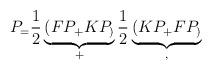
LaTeX: \begin{align*}P_=\frac{1}{2}\underbrace{(FP_+KP_)}_+\frac{1}{2}\underbrace{(KP_+FP_)}_, \end{align*}